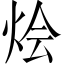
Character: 烩